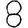
Digit: 8